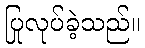
ပြုလုပ်ခဲ့သည်။